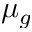
\mu _ { g }